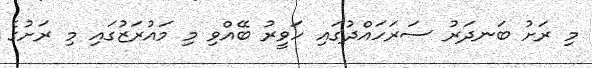
މި ރަށު ބަނދަރު ސަރަހައްދުގައި ހަވީރު ބޭއްވި މި މައުރަޒުގައި މި ރަށުގެ